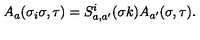
A _ { a } ( \sigma _ { i } \sigma , \tau ) = S _ { a , a ^ { \prime } } ^ { i } ( \sigma k ) A _ { a ^ { \prime } } ( \sigma , \tau ) .